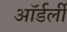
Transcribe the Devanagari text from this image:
ऑर्डर्ली